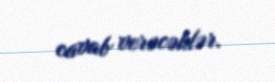
cavab verəcəklər.